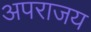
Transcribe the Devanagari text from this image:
अपराजय